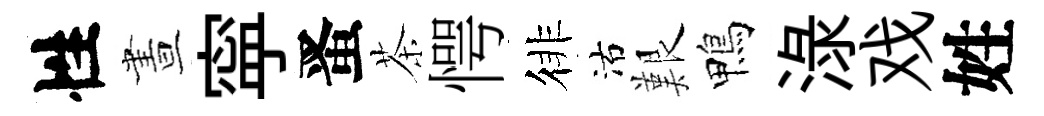
性晝寜󱉠茶愕徘沽艱鴨渌戏姓